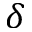
\delta